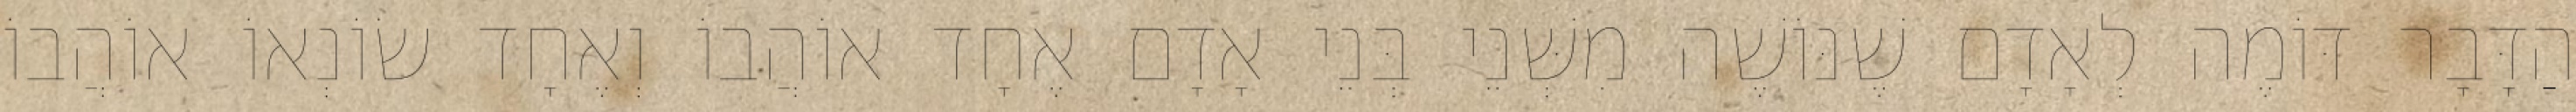
הַדָּבָר דּוֹמֶה לְאָדָם שֶׁנּוֹשֶׁה מִשְּׁנֵי בְּנֵי אָדָם אֶחָד אוֹהֲבוֹ וְאֶחָד שׂוֹנְאוֹ אוֹהֲבוֹ